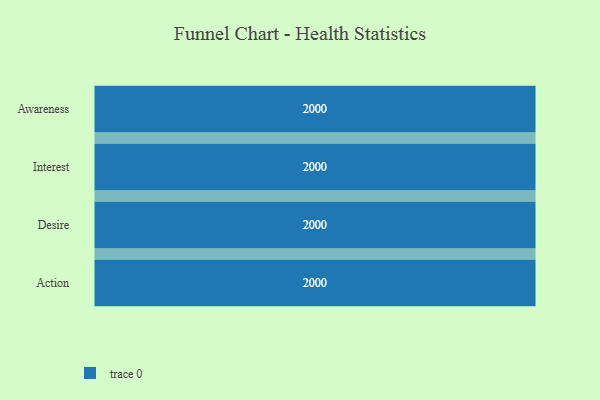
{"axis": {"x": "Stage", "y": "Value"}, "legend": [""], "data": [{"x": "Awareness", "y": 2000, "type": ""}, {"x": "Interest", "y": 2000, "type": ""}, {"x": "Desire", "y": 2000, "type": ""}, {"x": "Action", "y": 2000, "type": ""}]}